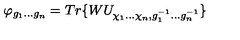
\varphi _ { g _ { 1 } . . . g _ { n } } = T r \{ W U _ { \chi _ { 1 } . . . \chi _ { n } , g _ { 1 } ^ { - 1 } . . . g _ { n } ^ { - 1 } } \}